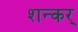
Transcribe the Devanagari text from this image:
शन्कर्